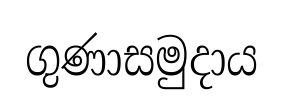
ගුණාසමුදාය